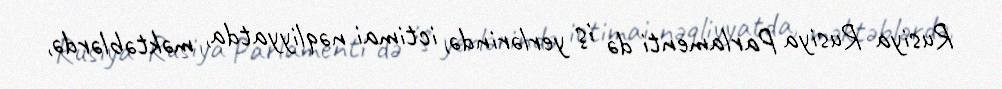
Rusiya Rusiya Parlamenti də iş yerlərində, ictimai nəqliyyatda, məktəblərdə,